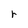
Character: r